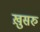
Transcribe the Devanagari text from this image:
ख़ुसरु